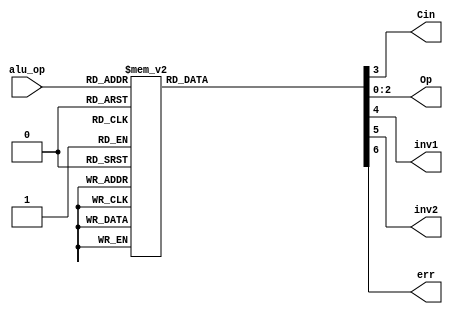
module aluControl(alu_op, Cin, Op, inv1, inv2, err);

input[2:0] alu_op;
output reg Cin, inv1, inv2, err;
output reg [2:0] Op;

/* This is the way in which alu_op must be passed in
* ADD: 100
* SUB: 101
* OR:  110
* AND: 111
* SLL: 001
* ROL: 000
* ROR: 010
* SRA: 011
*/

	
	always@ *
	casex (alu_op[2:0])
		3'b000 : begin // ROL
			Op   = 3'b000;
			Cin  = 0; 
			inv1 = 0;
			inv2 = 0;
			err  = 0;
		end
		3'b001 : begin // SLL
			Op   = 3'b001;
			Cin  = 0; 
			inv1 = 0; 
			inv2 = 0; 
			err  = 0;
		end
		3'b010 : begin // ROR
			Op   = 3'b010;
			Cin  = 0; 
			inv1 = 0; 
			inv2 = 0; 
			err  = 0;
		end
		3'b011 : begin // SRA
			Op   = 3'b011;
			Cin  = 0; 
			inv1 = 0; 
			inv2 = 0; 
			err  = 0;
		end
		3'b100 : begin // ADD
			Op   = 3'b100;
			Cin  = 0; 
			inv1 = 0; 
			inv2 = 0; 
			err  = 0;
		end
		3'b101 : begin // SUB
			Op   = 3'b100;
			Cin  = 1;
			inv1 = 1;
			inv2 = 0;
			err  = 0;
		end
		3'b110 : begin // OR
			Op   = 3'b101;
			Cin  = 0;
			inv1 = 0;
			inv2 = 0;
			err  = 0;
		end
		3'b111 : begin // AND
			Op   = 3'b111;
			Cin  = 0;
			inv1 = 0;
			inv2 = 0;
			err  = 0;
		end

		default: begin
			err = 1;
		end

	endcase // case (in[2:0])

endmodule